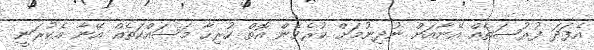
އެފަދަ ފުރުޞަތެއް އޭނާއަށް ނުދިނުމަށް ކުރެވެން އޮތް ހުރިހާ މަސައްކަތެއް އޭނާ އެކުރަނީ